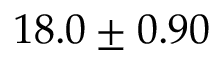
1 8 . 0 \pm 0 . 9 0